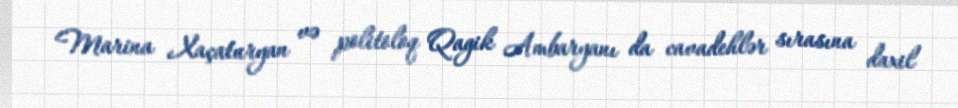
Marina Xaçaturyan və politoloq Qagik Ambaryanı da cavadehlər sırasına daxil